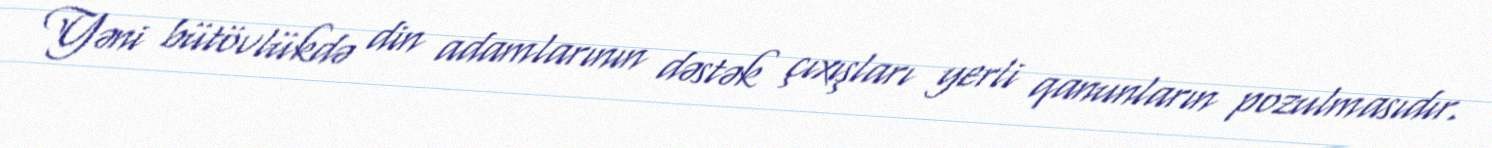
Yəni bütövlükdə din adamlarının dəstək çıxışları yerli qanunların pozulmasıdır.